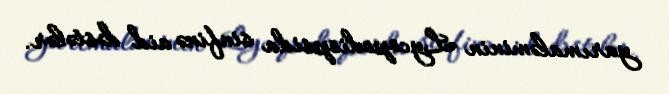
yarımaləminin Lycopodiopsida sinfinə aid dəstələr.